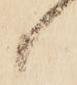
候